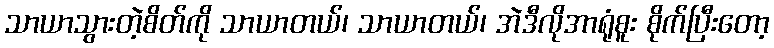
သာယာသွားတဲ့စိတ်ကို သာယာတယ်၊ သာယာတယ်၊ အဲဒီလိုအာရုံစူး စိုက်ပြီးတော့